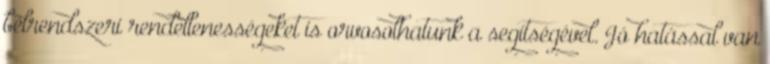
bélrendszeri rendellenességeket is orvosolhatunk a segítségével. Jó hatással van